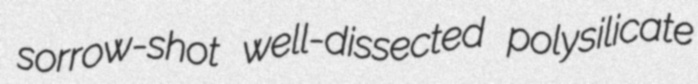
sorrow-shot well-dissected polysilicate